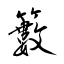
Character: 籔